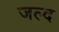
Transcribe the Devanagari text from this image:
जल्द